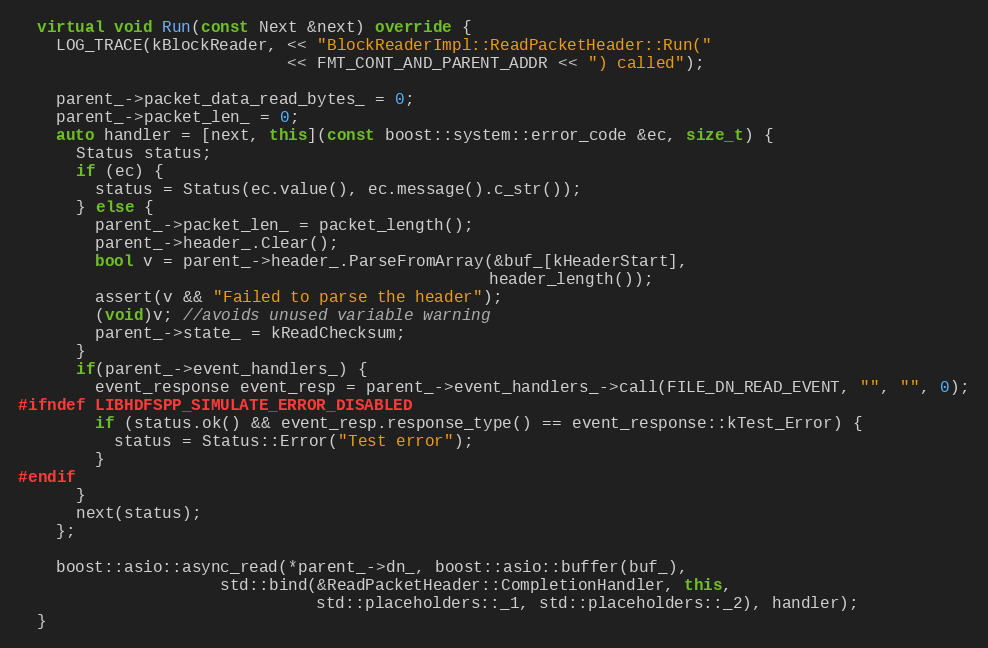
Language: C++
  virtual void Run(const Next &next) override {
    LOG_TRACE(kBlockReader, << "BlockReaderImpl::ReadPacketHeader::Run("
                            << FMT_CONT_AND_PARENT_ADDR << ") called");

    parent_->packet_data_read_bytes_ = 0;
    parent_->packet_len_ = 0;
    auto handler = [next, this](const boost::system::error_code &ec, size_t) {
      Status status;
      if (ec) {
        status = Status(ec.value(), ec.message().c_str());
      } else {
        parent_->packet_len_ = packet_length();
        parent_->header_.Clear();
        bool v = parent_->header_.ParseFromArray(&buf_[kHeaderStart],
                                                 header_length());
        assert(v && "Failed to parse the header");
        (void)v; //avoids unused variable warning
        parent_->state_ = kReadChecksum;
      }
      if(parent_->event_handlers_) {
        event_response event_resp = parent_->event_handlers_->call(FILE_DN_READ_EVENT, "", "", 0);
#ifndef LIBHDFSPP_SIMULATE_ERROR_DISABLED
        if (status.ok() && event_resp.response_type() == event_response::kTest_Error) {
          status = Status::Error("Test error");
        }
#endif
      }
      next(status);
    };

    boost::asio::async_read(*parent_->dn_, boost::asio::buffer(buf_),
                     std::bind(&ReadPacketHeader::CompletionHandler, this,
                               std::placeholders::_1, std::placeholders::_2), handler);
  }